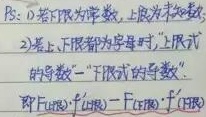
注：若下限为常数，上限为变数\(x\)。
2) 若上、下限都为变数时，上式的导数 \(=\) 下限式的导数\(\cdot\)
即 \(F(x)\)，\(F^{\prime}(x)=F^{\prime}(x_{1}) - F^{\prime}(x_{2})\)